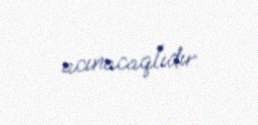
acınacaqlıdır.